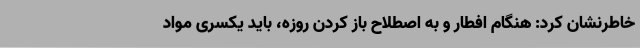
خاطرنشان کرد: هنگام افطار و به اصطلاح باز کردن روزه، باید یکسری مواد